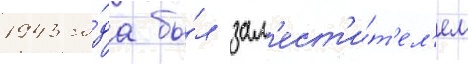
1943 го́да бы́л зам'ест'и́т'ел'ем